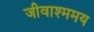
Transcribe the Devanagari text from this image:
जीवाश्ममय